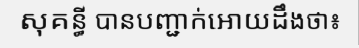
សុគន្ធី បានបញ្ជាក់អោយដឹងថា៖